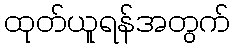
ထုတ်ယူရန်အတွက်